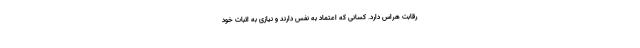
رقابت هراس دارد. کسانی که اعتمادِ به نفس دارند و نیازی به اثبات خود